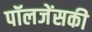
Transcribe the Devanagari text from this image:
पॉलजेंसकी